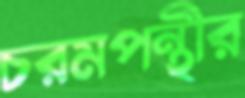
চরমপন্থীর